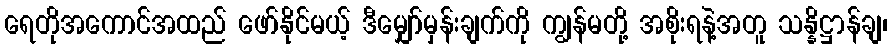
ရေတိုအကောင်အထည် ဖော်နိုင်မယ့် ဒီမျှော်မှန်းချက်ကို ကျွန်မတို့ အစိုးရနဲ့အတူ သန္နိဋ္ဌာန်ချ၊